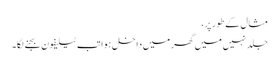
مثال کے طور پر،
جلد نہیں میں گھر میں داخل ہوا تب ٹیلیفون بجنے لگا۔